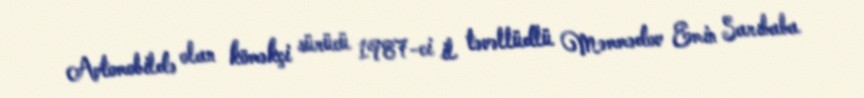
Avtomobildə olan köməkçi sürücü 1987-ci il təvəllüdlü Məmmədov Emin Sarıbaba